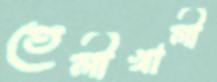
তেলীখালী